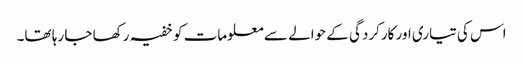
اس کی تیاری اور کارکردگی کے حوالے سے معلومات کو خفیہ رکھا جا رہا تھا۔